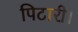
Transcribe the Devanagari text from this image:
पिटारी।